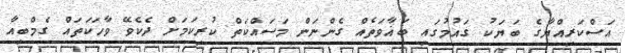
އަސްކަރިއްޔާގެ ބަޔަކު ގައުމުގައި ބަޣާވަތެއް ގެންނަން މަސައްކަތް ކުރިކަމަށް ދެކެވޭ ވާހަކަތައް ގެމްބިއާ